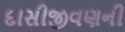
દાસીજીવણની